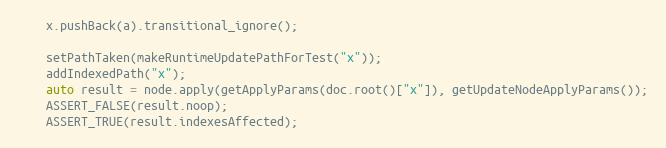
Language: C++
    x.pushBack(a).transitional_ignore();

    setPathTaken(makeRuntimeUpdatePathForTest("x"));
    addIndexedPath("x");
    auto result = node.apply(getApplyParams(doc.root()["x"]), getUpdateNodeApplyParams());
    ASSERT_FALSE(result.noop);
    ASSERT_TRUE(result.indexesAffected);